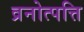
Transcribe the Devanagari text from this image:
व्रनोत्पत्ति